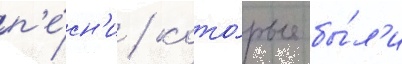
п'е́сн'и / кото́рые бы́л'и